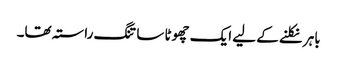
باہر نکلنے کے لیے ایک چھوٹا سا تنگ راستہ تھا۔